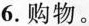
6.购物。